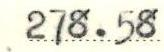
278.58